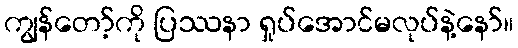
ကျွန်တော့်ကို ပြဿနာ ရှုပ်အောင်မလုပ်နဲ့နော်။